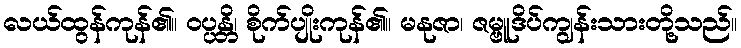
လယ်ထွန်ကုန်၏။ ဝပ္ပန္တိ၊ စိုက်ပျိုးကုန်၏။ မနုဇာ၊ ဇမ္ဗူဒိပ်ကျွန်းသားတို့သည်။